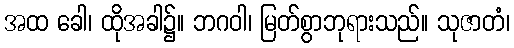
အထ ခေါ၊ ထိုအခါ၌။ ဘဂဝါ၊ မြတ်စွာဘုရားသည်။ သုဇာတံ၊